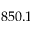
8 5 0 . 1